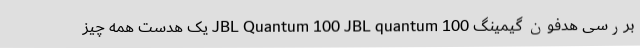
بررسی هدفون گیمینگ JBL Quantum 100 JBL quantum 100 یک هدست همه چیز